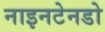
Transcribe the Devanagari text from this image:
नाइनटेनडो